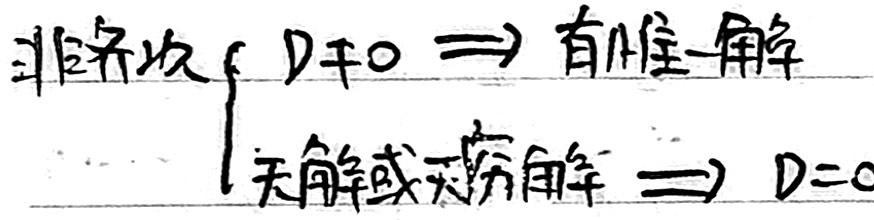
非齐次
\[
\begin{cases}
D\neq0\Rightarrow\text{有唯一解}\\
\text{无解或无穷解}\Rightarrow D = 0
\end{cases}
\]